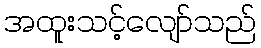
အထူးသင့်လျော်သည်